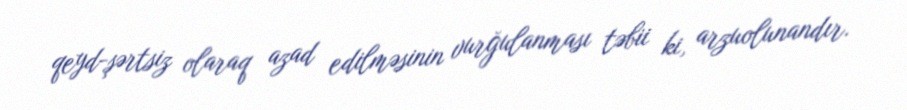
qeyd-şərtsiz olaraq azad edilməsinin vurğulanması təbii ki, arzuolunandır.